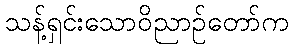
သန့်ရှင်းသောဝိညာဉ်တော်က